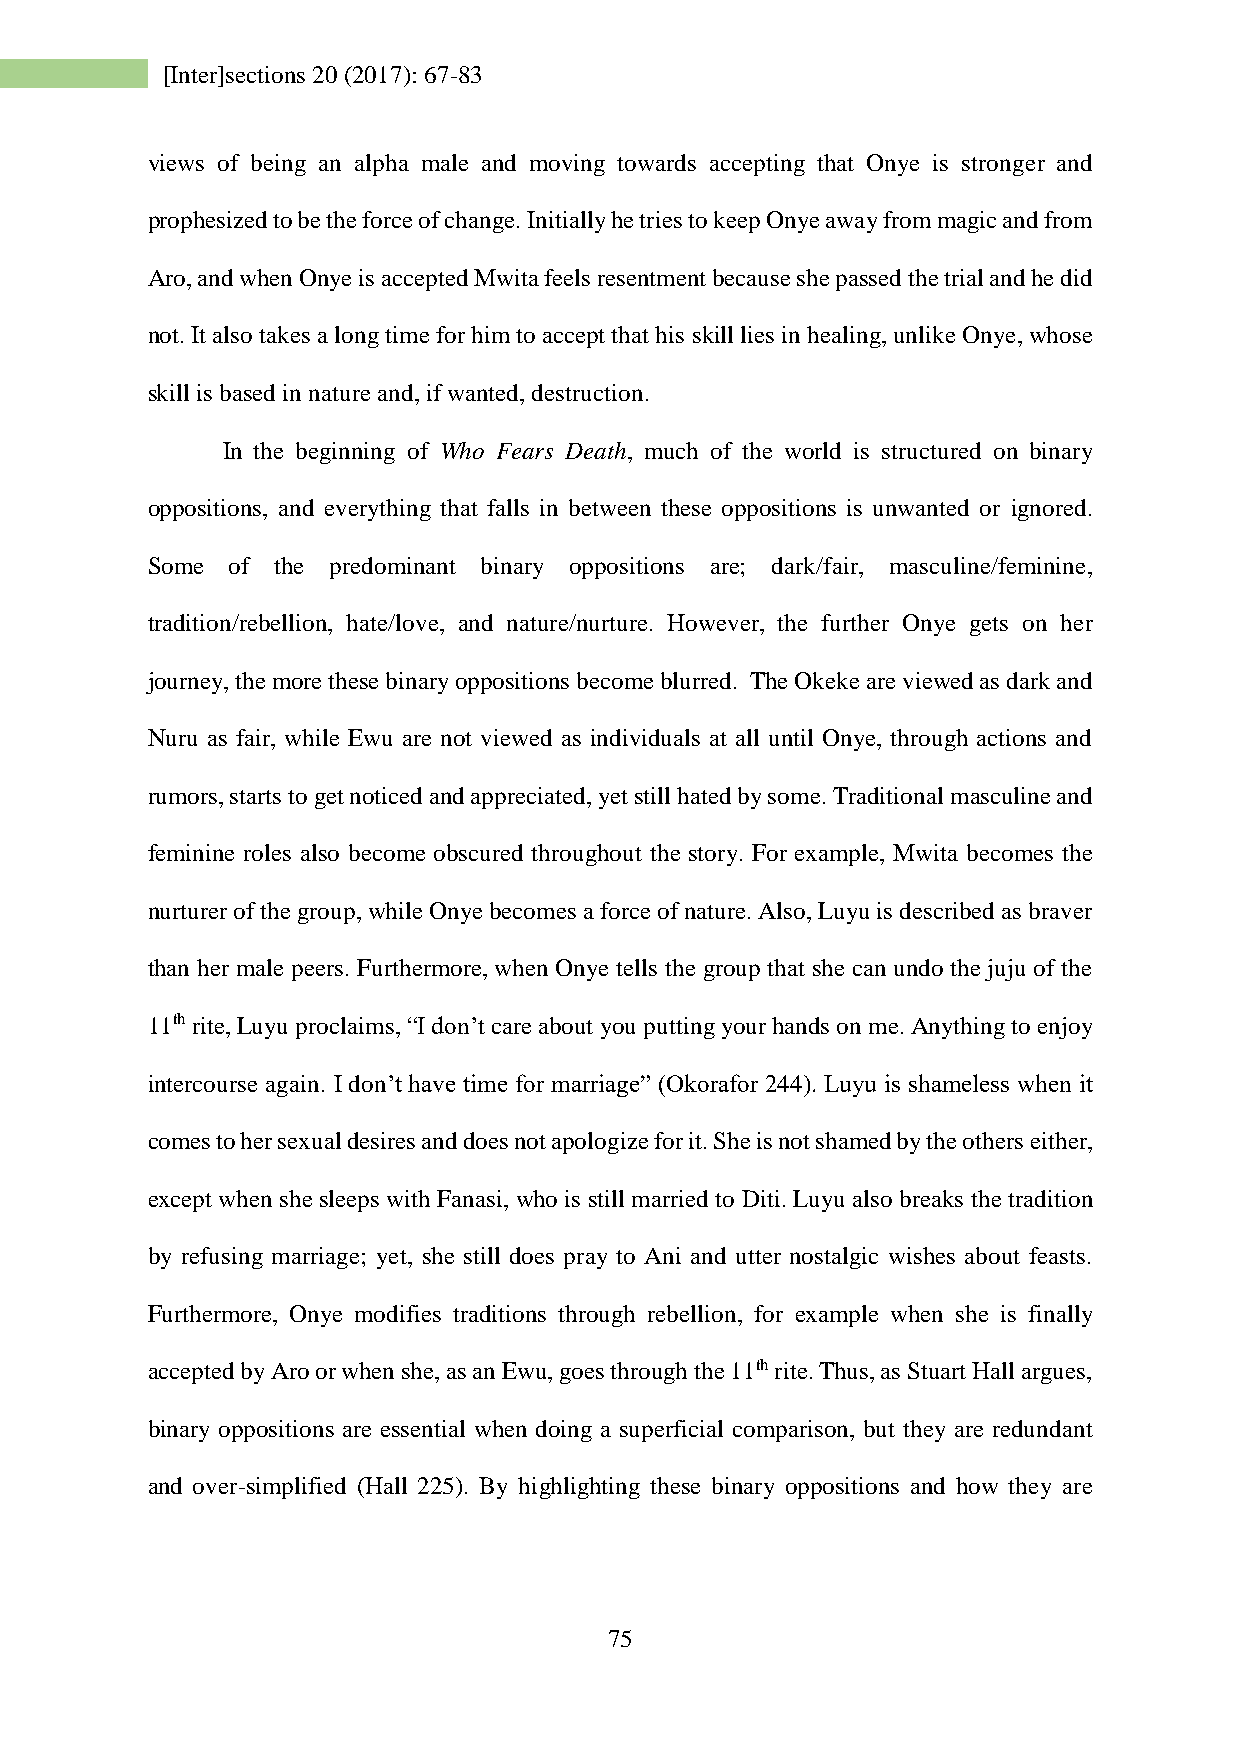
[Inter]sections 20 (2017): 67-83
 views of being an alpha male and moving towards accepting that Onye is stronger and
 prophesized to be the force of change. Initially he tries to keep Onye away from magic and from
 Aro, and when Onye is accepted Mwita feels resentment because she passed the trial and he did
 not. It also takes a long time for him to accept that his skill lies in healing, unlike Onye, whose
 skill is based in nature and, if wanted, destruction.
 In the beginning of Who Fears Death, much of the world is structured on binary
 oppositions, and everything that falls in between these oppositions is unwanted or ignored.
 Some of the predominant binary oppositions are; dark/fair, masculine/feminine,
 tradition/rebellion, hate/love, and nature/nurture. However, the further Onye gets on her
 journey, the more these binary oppositions become blurred. The Okeke are viewed as dark and
 Nuru as fair, while Ewu are not viewed as individuals at all until Onye, through actions and
 rumors, starts to get noticed and appreciated, yet still hated by some. Traditional masculine and
 feminine roles also become obscured throughout the story. For example, Mwita becomes the
 nurturer of the group, while Onye becomes a force of nature. Also, Luyu is described as braver
 than her male peers. Furthermore, when Onye tells the group that she can undo the juju of the
 11th rite, Luyu proclaims, “I don’t care about you putting your hands on me. Anything to enjoy
 intercourse again. I don’t have time for marriage” (Okorafor 244). Luyu is shameless when it
 comes to her sexual desires and does not apologize for it. She is not shamed by the others either,
 except when she sleeps with Fanasi, who is still married to Diti. Luyu also breaks the tradition
 by refusing marriage; yet, she still does pray to Ani and utter nostalgic wishes about feasts.
 Furthermore, Onye modifies traditions through rebellion, for example when she is finally
 accepted by Aro or when she, as an Ewu, goes through the 11th rite. Thus, as Stuart Hall argues,
 binary oppositions are essential when doing a superficial comparison, but they are redundant
 and over-simplified (Hall 225). By highlighting these binary oppositions and how they are
 75